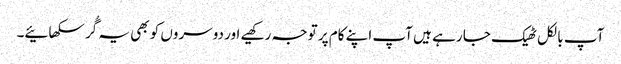
آپ بالکل ٹھیک جا رہے ہیں آپ اپنے کام پر توجہ رکھیے اور دوسروں کو بھی یہ گُر سکھائیے۔